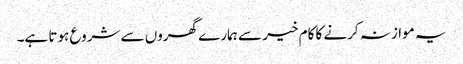
یہ موازنہ کرنے کا کام خیر سے ہمارے گھروں سے شروع ہوتا ہے۔